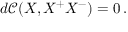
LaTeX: d \mathcal { C } ( X , X ^ { + } X ^ { - } ) = 0 \, .